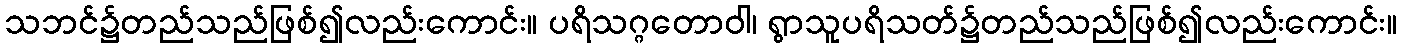
သဘင်၌တည်သည်ဖြစ်၍လည်းကောင်း။ ပရိသဂ္ဂတောဝါ၊ ရွာသူပရိသတ်၌တည်သည်ဖြစ်၍လည်းကောင်း။